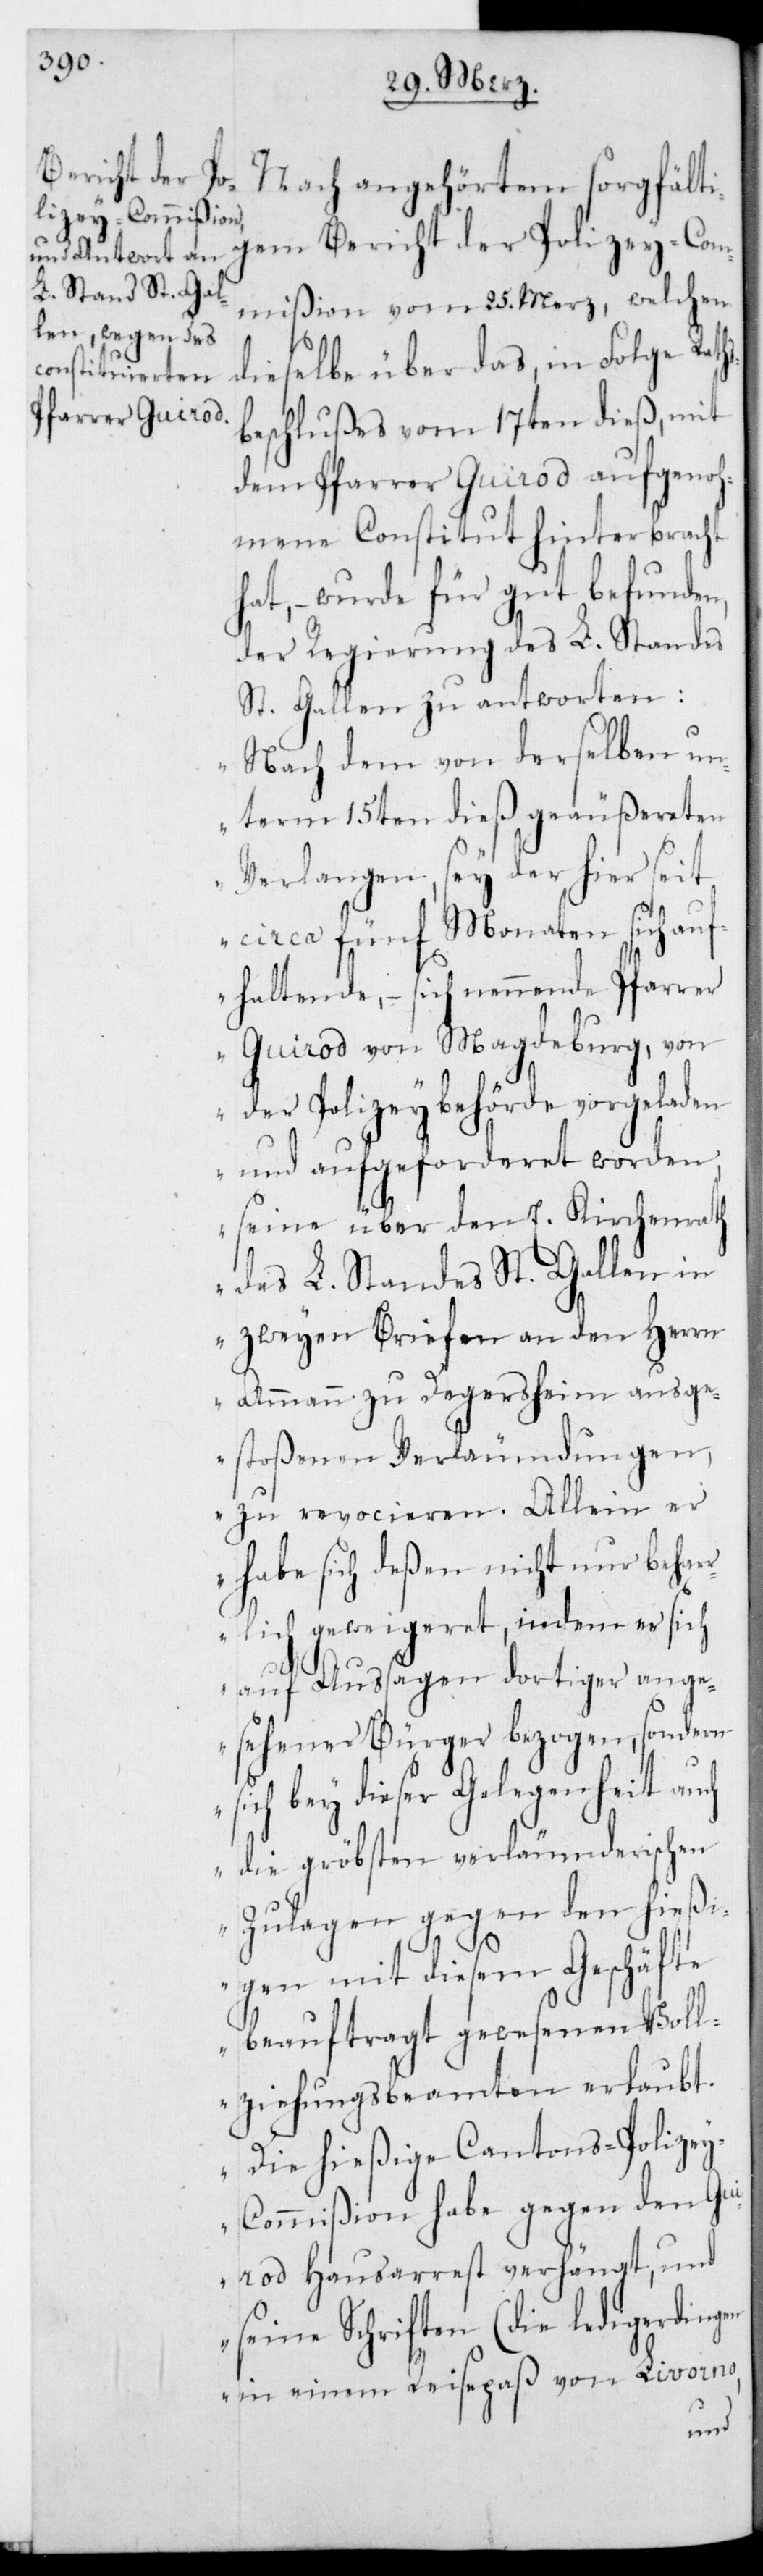
Bericht der Po¬
Nach angehörtem sorgfälti¬
lizey-Commißion
dieselbe über das in Folge Raths¬
beschlußes vom 17ten dieß, mit
dem Pfarrer Guirod aufgenoh¬
mene Constitut hinterbracht
hat, – wurde für gut befunden,
der Regierung des L. Standes
St. Gallen zu antworten:
„Nach dem von derselben un¬
term 15ten dieß geäußereten
Verlangen sey der hier seit
circa 5 Monaten sich auf¬
haltende, – sich nennende Pfarrer
Guirod von Magdeburg, von
der Polizeybehörde vorgeladen
und aufgeforderet worden,
seine über den E. Kirchenrath
des L. Standes St. Gallen in
zwey Briefen an den Herrn
Ammann zu Degersheim ausge¬
stoßenen Verleumdungen,
zu revocieren. Allein er
habe sich deßen nicht nur behar¬
rlich geweigeret, indem er sich
auf Außagen dortiger ange¬
sehener Bürger bezogen, sondern
ich bey dieser Gelegenheit au¬
ch die gröbsten verleumderischen
Zulagen gegen den hießi¬
gen mit diesem Geschäfte
beauftragt gewesenen Voll¬
ziehungsbeamten erlaubt.
Die hießige Cantonspolize¬
y-C¬
ommißion habe gegen den Gui¬
rod Hausarrest verhängt, und
seine Schriften (die lezterdingen
in einem Reisepaß von Livorno,